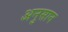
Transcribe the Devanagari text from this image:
अनुसान